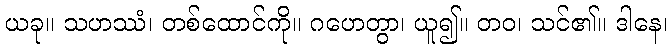
ယခု။ သဟဿံ၊ တစ်ထောင်ကို။ ဂဟေတွာ၊ ယူ၍။ တဝ၊ သင်၏။ ဒါနေ၊